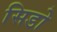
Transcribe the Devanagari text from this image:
सिडो